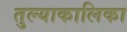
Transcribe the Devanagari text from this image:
तुल्याकालिका